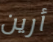
أرين